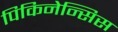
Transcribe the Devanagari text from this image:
पिकिनेन्सिस